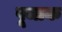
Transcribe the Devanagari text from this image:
पूजाक